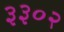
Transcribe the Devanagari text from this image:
३३०२